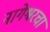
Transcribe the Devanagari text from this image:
नागेश्वरचा